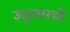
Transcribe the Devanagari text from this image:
उत्तुजारची